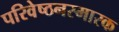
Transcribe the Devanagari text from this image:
परिवेष्ठनस्मारक